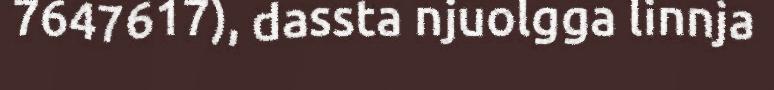
7647617), dassta njuolgga linnja